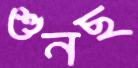
শুনছ